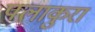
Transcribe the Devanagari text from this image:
पलाकुरा